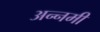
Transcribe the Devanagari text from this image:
अन्नमी